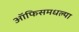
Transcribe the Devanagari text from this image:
ऑफिसमधल्या